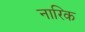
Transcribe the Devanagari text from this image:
नारिक